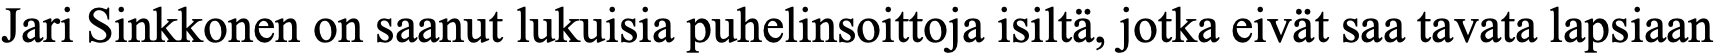
Jari Sinkkonen on saanut lukuisia puhelinsoittoja isiltä, jotka eivät saa tavata lapsiaan